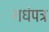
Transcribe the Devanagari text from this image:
गधंपत्र